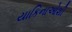
યાકિનાઓશી